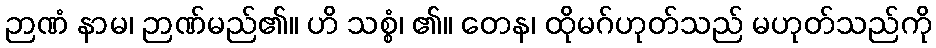
ဉာဏံ နာမ၊ ဉာဏ်မည်၏။ ဟိ သစ္စံ၊ ၏။ တေန၊ ထိုမဂ်ဟုတ်သည် မဟုတ်သည်ကို